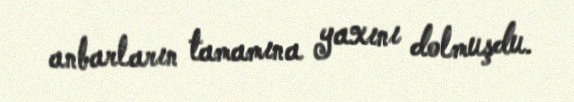
anbarların tamamına yaxını dolmuşdu.